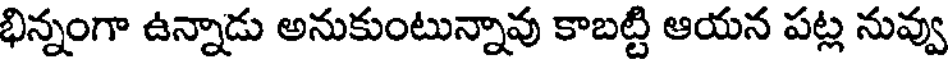
భిన్నంగా ఉన్నాడు అనుకుంటున్నావు కాబట్టి ఆయన పట్ల నువ్వు